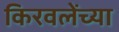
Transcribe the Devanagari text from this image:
किरवलेंच्या